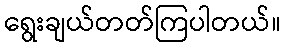
ရွေးချယ်တတ်ကြပါတယ်။